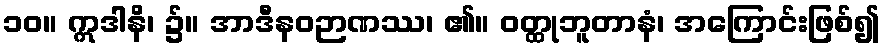
၁၀။ ဣဒါနိ၊ ၌။ အာဒီနဝဉာဏဿ၊ ၏။ ဝတ္ထုဘူတာနံ၊ အကြောင်းဖြစ်၍